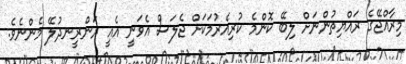
މިރާއްޖޭގެ ރައްޔިތުންނަށް ލިބޭ ކޮންމެ ކުރިއެރުމަކަށް ޖެލަސް އެވަނީ އެއީ ރަންރީނދުލޭ މެންނެވެ.